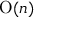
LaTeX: \mathrm { O } ( n )